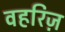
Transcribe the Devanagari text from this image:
वहरिज़